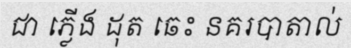
ជា ភ្លើង ដុត ឆេះ នគរបាតាល់